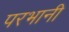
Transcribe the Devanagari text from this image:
परभानी